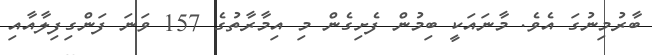
ބާރުމިނުގަ އެވެ. މާނައަކީ ބިމުން ފެށިގެން މި އިމާރާތުގެ 157 ވަނަ ފަންގިފިލާއާއި